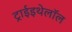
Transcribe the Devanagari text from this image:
ट्राईइथेलॉल